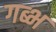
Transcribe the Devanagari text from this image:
गब्भ